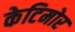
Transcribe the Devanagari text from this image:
केटिमोर